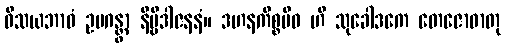
ဝိသယဘာဝံ ဥပဂန္တွာ နိဗ္ဗိဒါဇနနံ။ ဒဟနကိစ္စမိဝ ဟိ သုခေါဒကေ တေဇောဓာတု